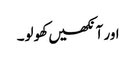
اور آنکھیں کھولو۔